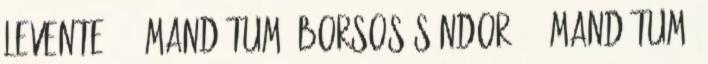
Levente – 1 mandátum, Borsos Sándor – 1 mandátum,